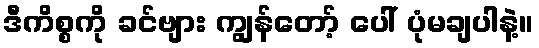
ဒီကိစ္စကို ခင်ဗျား ကျွန်တော့် ပေါ် ပုံမချပါနဲ့။